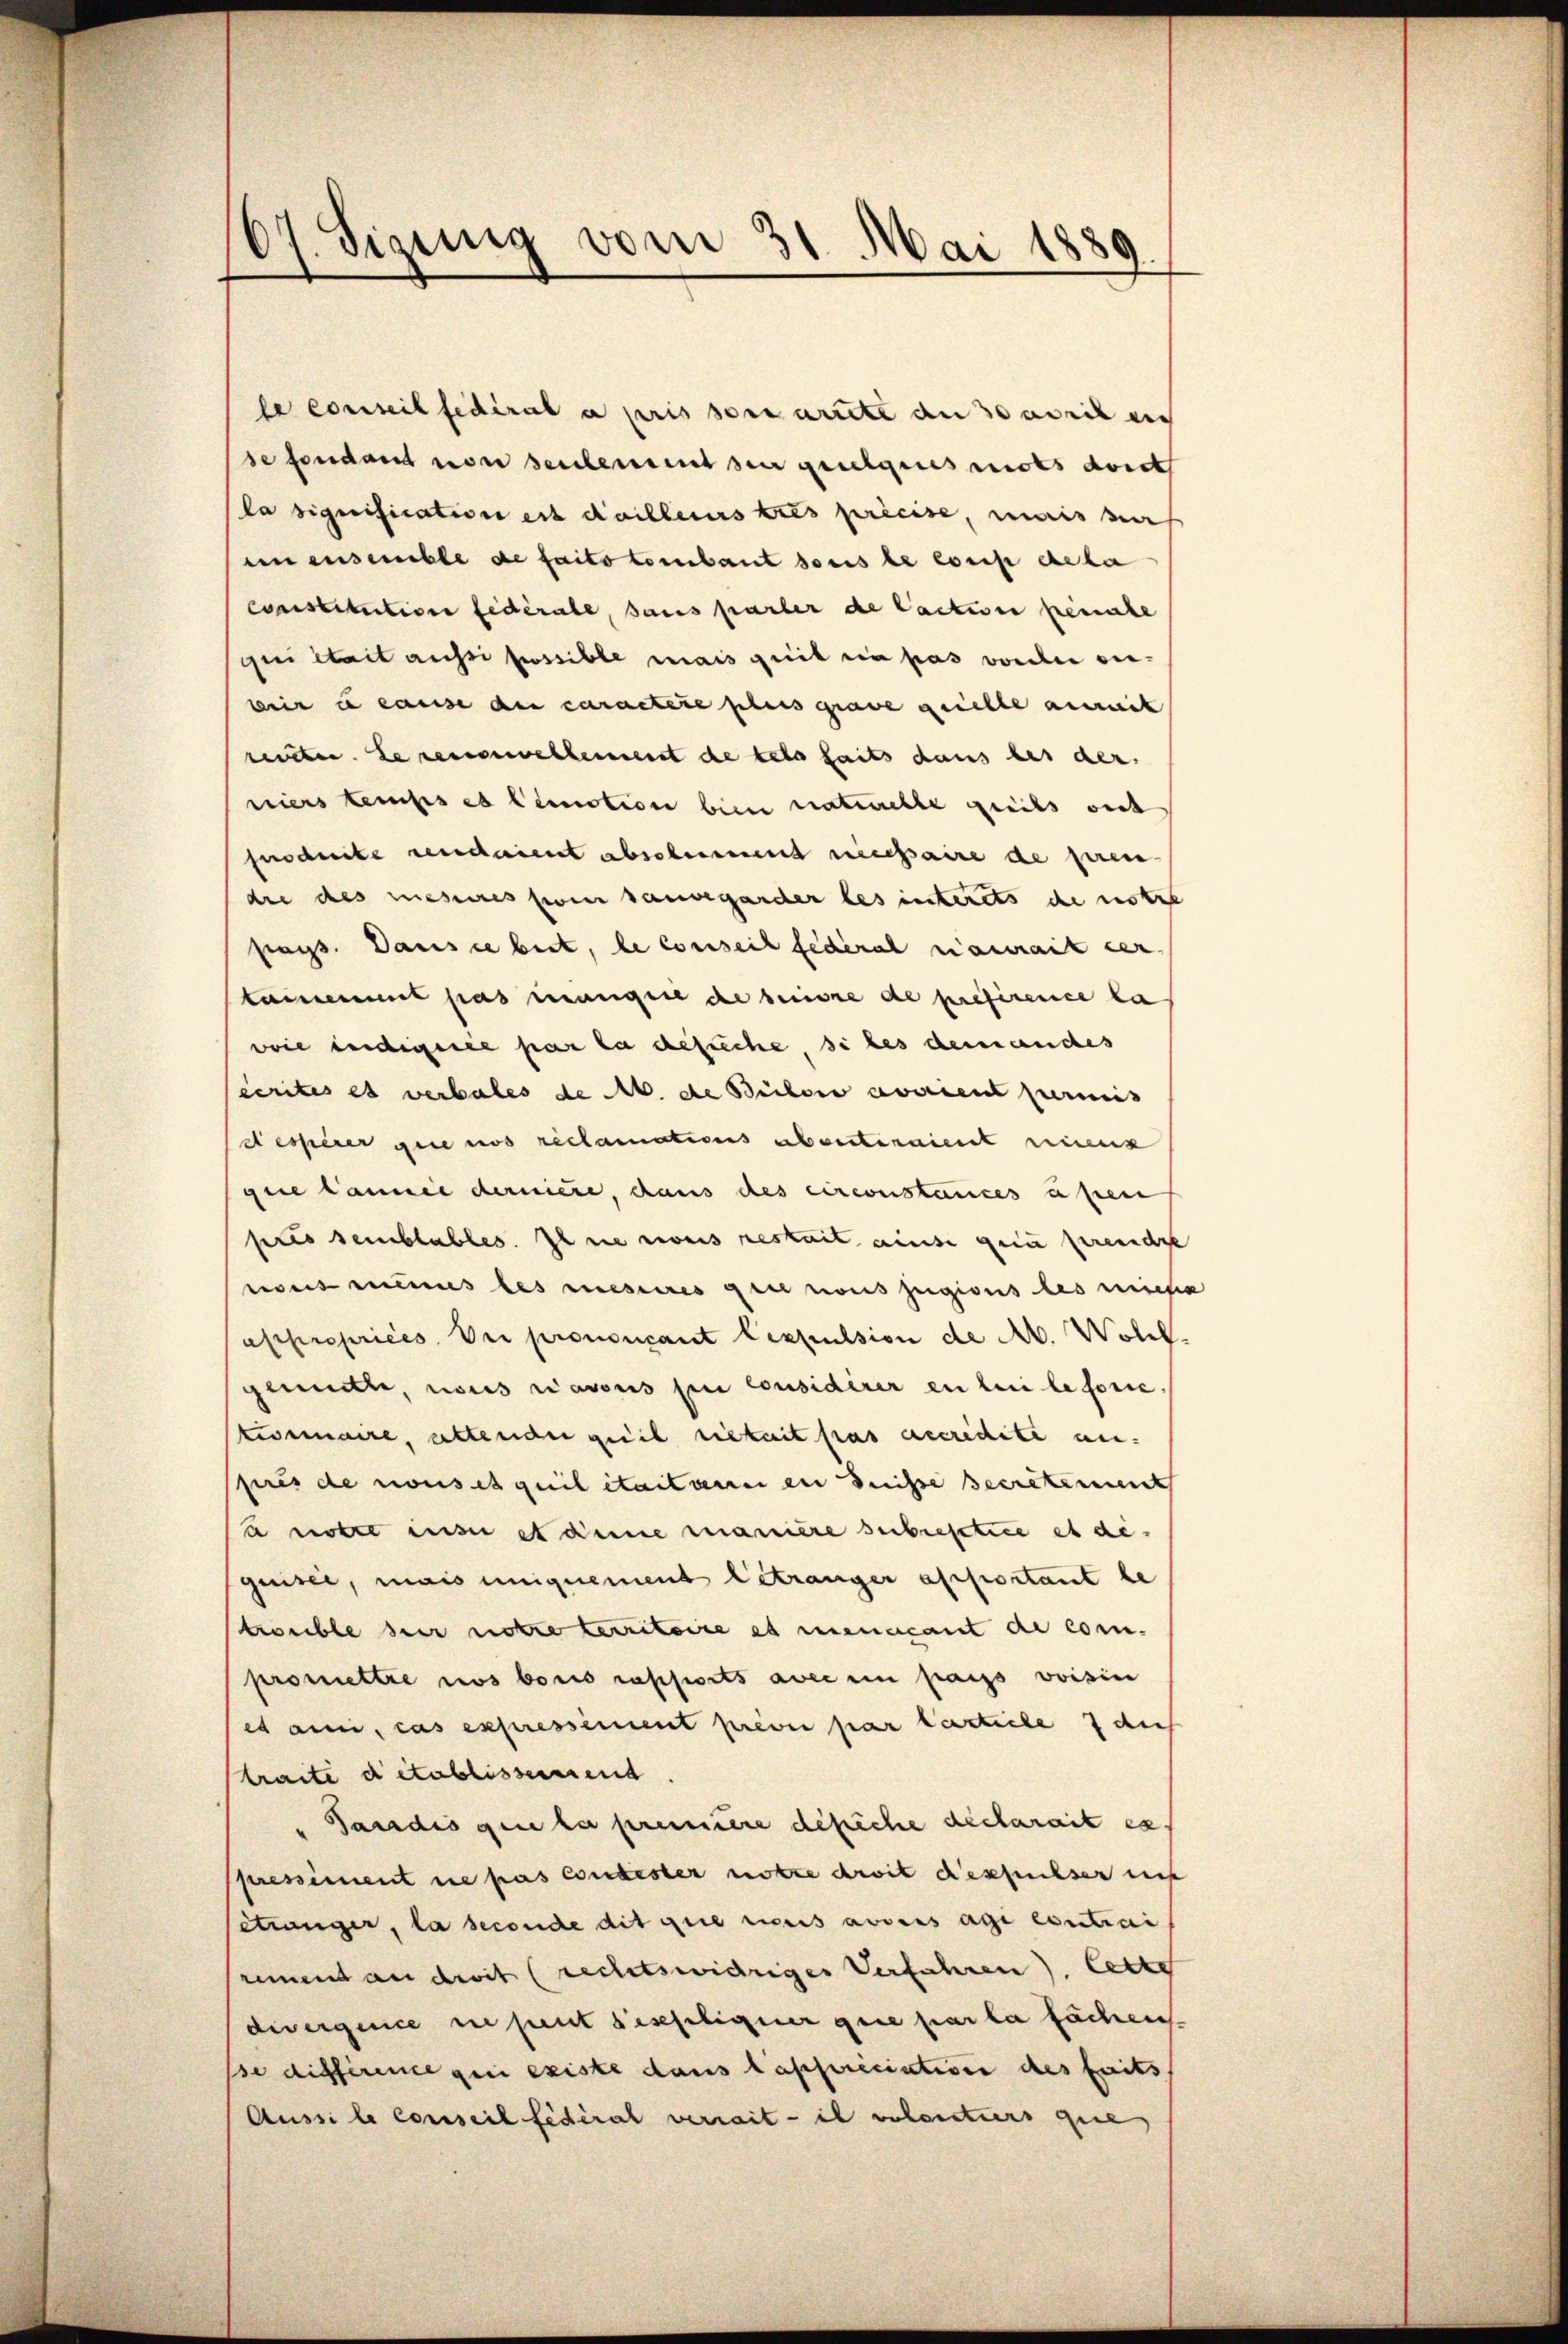
07. Sizung vom 31. Mai 1889

le conseil fédéral a pris son dritte an daris nich
se fondant von seulement den geielgeres mots dich
la signification est daillerus tres précise, mais na
mnensemble de faits tombaut sous le coup deka
constitution fidérale, sans parter de Cactive penale
qui était aussi possible mais quit ein pas vorden eiweir un cause des caractere preisgrave geselle auch
reiten. Le renouvellement de reto seits dans der der
niers temps es lemotion bien naturelle geichs sich
feoducte rendaient abschnement necessaire de puren
dre des mesures sie sauvegarder les interets die notre
pags. Dans ce beit, le conseil fédéral aurait cer.
tament pas mangere de beisze de préférence la
wie indigence par la gesuche si les demandes
Cécrites es verbales de M. de Bülow avaient permis
desserer gene uns reclamations abersteraient einenz
gere Cannie derniere, dans des circonstances unen
prio semblables. Il nie zweis reskeit ause gein prende
weit minus des mesures gen nous jugions les miche
appropriées, Dei prononçant lexpulsion de A. Woll
gemitte, nous avous fin considérer en bei le forie,
kisemaire, altender quil riskerit pas accredite an.
spures de nous et quilitaitare en dnisse secreterment
u notre ins et dene manière subrestice et de
quise, mais unignement betränger apportant be
trouble hier notre territoire es menacant de com-
promettre nos bonis rapports avec en pass voisin
es anni, cas expressement prévu par Carticle 7 dies
traite detablissemend
Tandis gene la première deliche declarait ex
pressement ne pas contester notre droit desfusser nich
setzunger, la seconde dit que nous avoirs age contrai
remend an droit rechtswidriges Verfahren lette
diverquice ne peut desseligier gere par la fachen.
sse différence geri existe dans lassuriciation des faits
Aussi le conseil fédéral verrait - il volontiers que